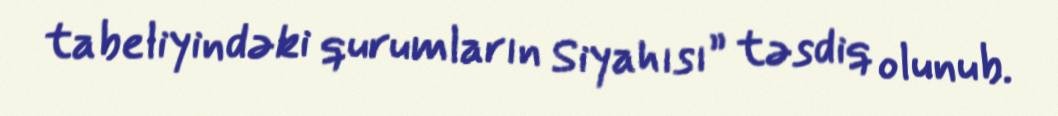
tabeliyindəki qurumların Siyahısı” təsdiq olunub.